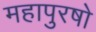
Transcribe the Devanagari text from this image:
महापुरषो